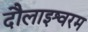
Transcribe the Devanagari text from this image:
दौलाइश्वरम